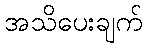
အသိပေးချက်